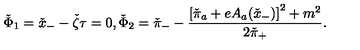
\check { \Phi } _ { 1 } = \check { x } _ { - } - \check { \zeta } \tau = 0 , \check { \Phi } _ { 2 } = \check { \pi } _ { - } - \frac { \left[ \check { \pi } _ { a } + e A _ { a } ( \check { x } _ { - } ) \right] ^ { 2 } + m ^ { 2 } } { 2 \check { \pi } _ { + } } .